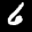
Label: 6